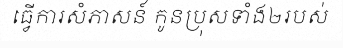
ធ្វើការសំភាសន៍ កូនប្រុសទាំង២របស់